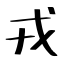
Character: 戎